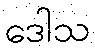
ဒေါသ